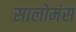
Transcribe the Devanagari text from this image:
सालोमंस